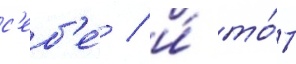
с'еб'е́ / и́ то́т